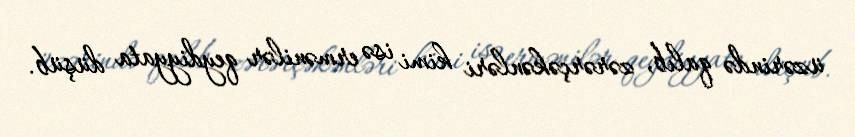
üzərində qalıb, zərərçəkənləri kimi isə ermənilər qeydiyyata düşüb.